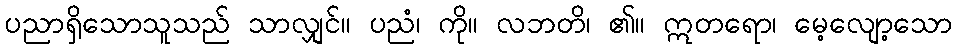
ပညာရှိသောသူသည် သာလျှင်။ ပညံ၊ ကို။ လဘတိ၊ ၏။ ဣတရော၊ မေ့လျော့သော